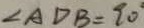
\angle A D B = 9 0 ^ { \circ }